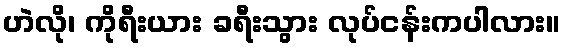
ဟဲလို၊ ကိုရီးယား ခရီးသွား လုပ်ငန်းကပါလား။